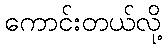
ကောင်းတယ်လို့